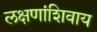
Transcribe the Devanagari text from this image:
लक्षणांशिवाय